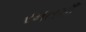
રમતમાઁ